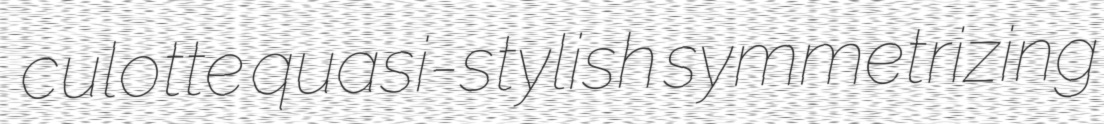
culotte quasi-stylish symmetrizing